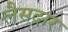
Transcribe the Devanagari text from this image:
लैसदार